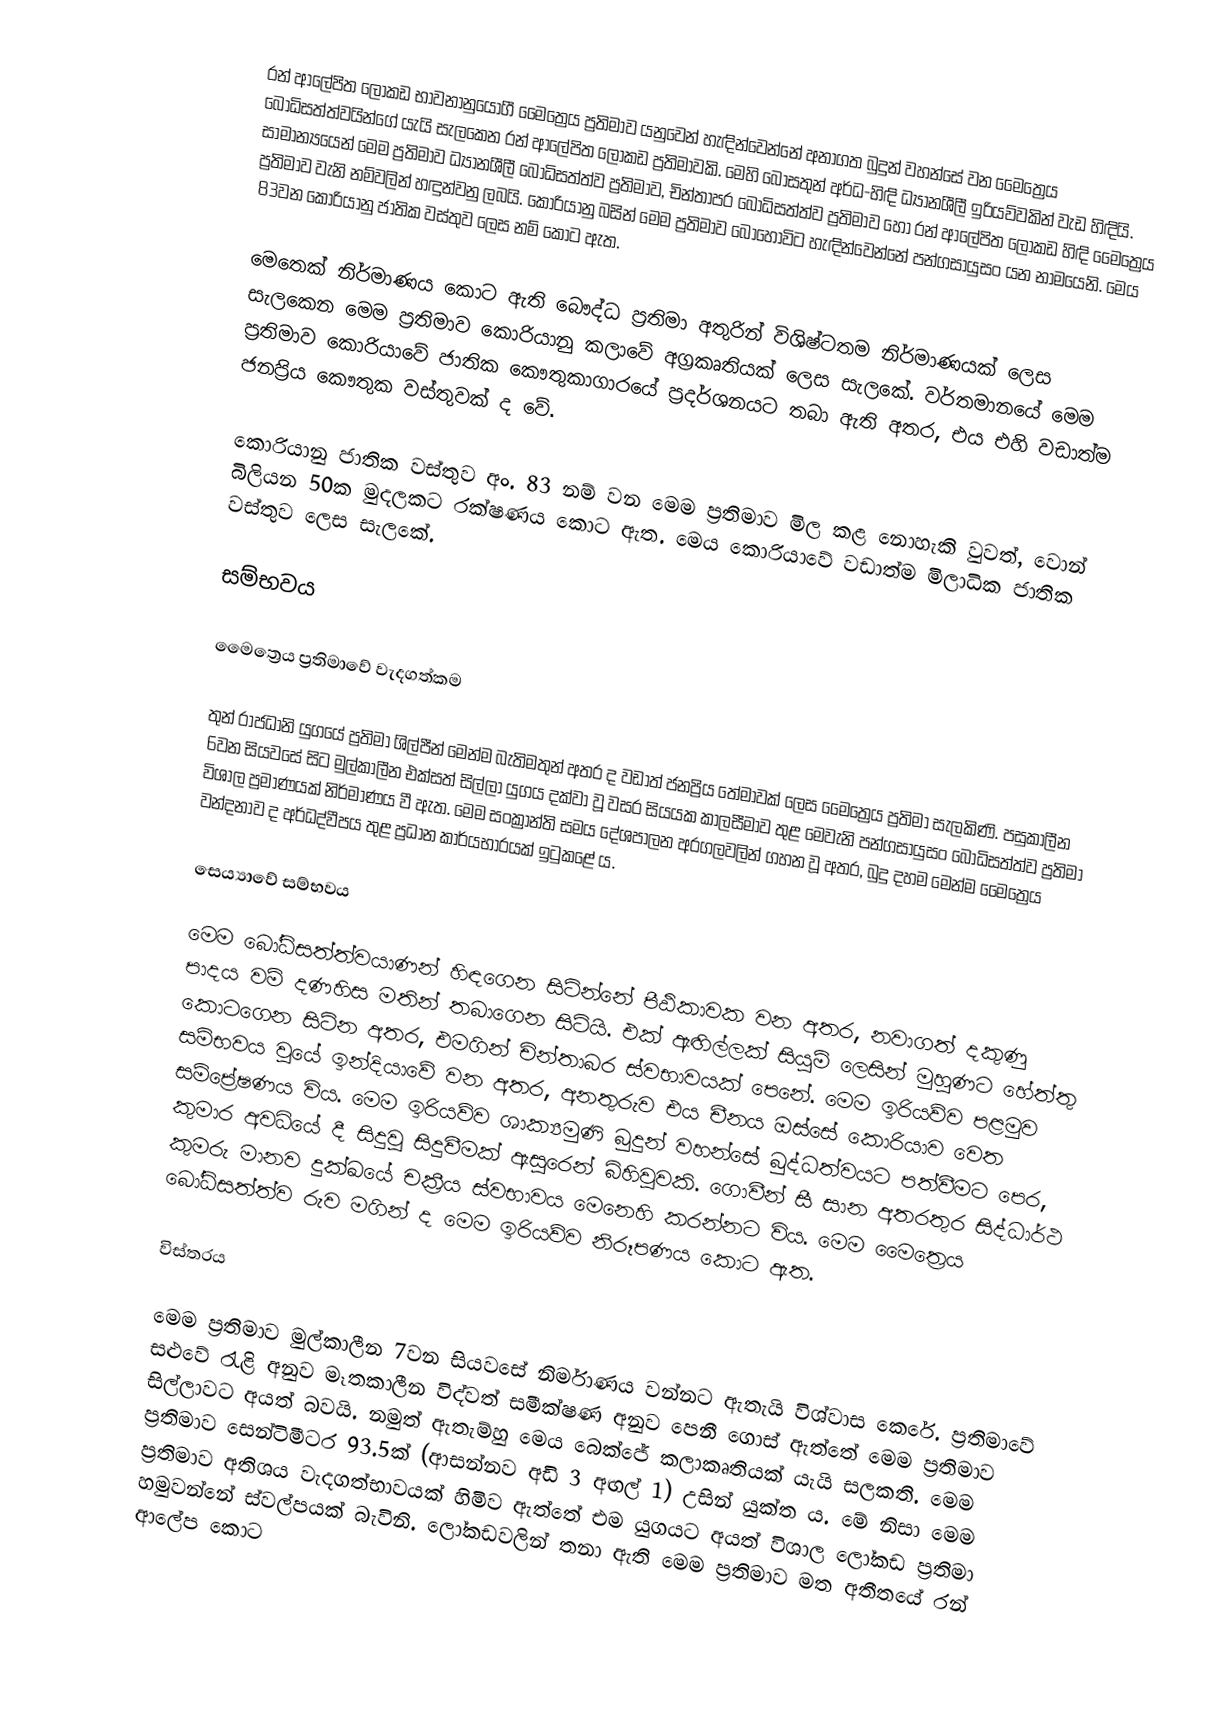
රන් ආලේපිත ලෝකඩ භාවනානුයෝගී මෛත්‍රෙය ප්‍රතිමාව යනුවෙන් හැඳින්වෙන්නේ අනාගත බුදුන් වහන්සේ වන මෛත්‍රෙය බෝධිසත්ත්වයින්ගේ යැයි සැලකෙන රන් ආලේපිත ලෝකඩ ප්‍රතිමාවකි. මෙහි බෝසතුන් අර්ධ-හිඳි ධ්‍යානශීලී ඉරියව්වකින් වැඩ හිඳියි. සාමාන්‍යයෙන් මෙම ප්‍රතිමාව ධ්‍යානශීලී බෝධිසත්ත්ව ප්‍රතිමාව, චින්තාපර බෝධිසත්ත්ව ප්‍රතිමාව හෝ රන් ආලේපිත ලෝකඩ හිඳි මෛත්‍රෙය ප්‍රතිමාව වැනි නම්වලින් හඳුන්වනු ලබයි. කොරියානු බසින් මෙම ප්‍රතිමාව බොහෝවිට හැඳින්වෙන්නේ පන්ගසායුසං යන නාමයෙනි. මෙය 83වන කොරියානු ජාතික වස්තුව ලෙස නම් කොට ඇත‍.

මෙතෙක් නිර්මාණය කොට ඇති බෞද්ධ ප්‍රතිමා අතුරින් විශිෂ්ටතම නිර්මාණයක් ලෙස සැලකෙන මෙම ප්‍රතිමාව කොරියානු කලාවේ අග්‍රකෘතියක් ලෙස සැලකේ. වර්තමානයේ මෙම ප්‍රතිමාව කොරියාවේ ජාතික කෞතුකාගාරයේ ප්‍රදර්ශනයට තබා ඇති අතර, එය එහි වඩාත්ම ජනප්‍රිය කෞතුක වස්තුවක් ද වේ.

කොරියානු ජාතික වස්තුව අං. 83 නම් වන මෙම ප්‍රතිමාව මිල කළ නොහැකි වුවත්, වොන් බිලියන 50ක මුදලකට රක්ෂණය කොට ඇත. මෙය කොරියාවේ වඩාත්ම මිලාධික ජාතික වස්තුව ලෙස සැලකේ.

සම්භවය

මෛත්‍රෙය ප්‍රතිමාවේ වැදගත්කම

තුන් රාජධානි යුගයේ ප්‍රතිමා ශිල්පීන් මෙන්ම බැතිමතුන් අතර ද වඩාත් ජනප්‍රිය තේමාවක් ලෙස මෛත්‍රෙය ප්‍රතිමා සැලකිණි. පසුකාලීන 6වන සියවසේ සිට මුල්කාලීන එක්සත් සිල්ලා යුගය දක්වා වූ වසර සියයක කාලසීමාව තුළ මෙවැනි පන්ගසායුසං බෝධිසත්ත්ව ප්‍රතිමා විශාල ප්‍රමාණයක් නිර්මාණය වී ඇත. මෙම සංක්‍රාන්ති සමය දේශපාලන අරගලවලින් ගහන වූ අතර, බුදු දහම මෙන්ම මෛත්‍රෙය වන්දනාව ද අර්ධද්වීපය තුළ ප්‍රධාන කාර්යභාරයක් ඉටුකළේ ය.

සෙය්‍යාවේ සම්භවය

මෙම බෝධිසත්ත්වයාණන් හිඳගෙන සිටින්නේ පීඨිකාවක වන අතර, නවාගත් දකුණු පාදය වම් දණහිස මතින් තබාගෙන සිටියි. එක් ඇඟිල්ලක් සියුම් ලෙසින් මුහු‍ණට හේත්තු කොටගෙන සිටින අතර, එමගින් චින්තාබර ස්වභාවයක් පෙනේ. මෙම ඉරියව්ව පළමුව සම්භවය වූයේ ඉන්දියාවේ වන අතර, අනතුරුව එය චීනය ඔස්සේ කොරියා‍ව වෙත සම්ප්‍රේෂණය විය. මෙම ඉරියව්ව ශාක්‍යමුණි බුදුන් වහන්සේ බුද්ධත්වයට පත්වීමට පෙර, කුමාර අවධියේ දී සිදුවූ සිදුවීමක් ඇසුරෙන් බිහිවූවකි. ගොවීන් සී සාන අතරතුර සිද්ධාර්ථ කුමරු මානව දුක්ඛයේ චක්‍රීය ස්වභාවය මෙනෙහි කරන්නට විය. මෙම මෛත්‍රෙය බෝධිසත්ත්ව රුව මගින් ද මෙම ඉරියව්ව නිරූපණය කොට ඇත.

විස්තරය

මෙම ප්‍රතිමාව මුල්කාලීන 7වන සියවසේ නිර්මාණය වන්නට ඇතැයි විශ්වාස කෙරේ. ප්‍රතිමාවේ සළුවේ රැළි අනුව මෑතකාලීන විද්වත් සමීක්ෂණ අනුව පෙනී ගොස් ඇත්තේ මෙම ප්‍රතිමාව සිල්ලාවට අයත් බවයි. නමුත් ඇතැම්හු මෙය බෙක්ජේ කලාකෘතියක් යැයි සලකති. මෙම ප්‍රතිමාව සෙන්ටිමීටර 93.5ක් (ආසන්නව අඩි 3 අඟල් 1) උසින් යුක්ත ය. මේ නිසා මෙම ප්‍රතිමාව අතිශය වැදගත්භාවයක් හිමිව ඇත්තේ එම යුගයට අයත් විශාල ලෝකඩ ප්‍රතිමා හමුවන්නේ ස්වල්පයක් බැවිනි. ලෝකඩවලින් තනා ඇති මෙම ප්‍රතිමාව මත අතීතයේ රන් ආලේප කොට